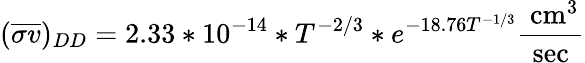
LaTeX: ({\overline{{\sigma v}}})_{DD}=2.33*10^{-14}*T^{-2/3}*e^{-18.76T^{-1/3}}{\frac{{\mathrm{~cm}}^{3}}{\mathrm{sec}}}